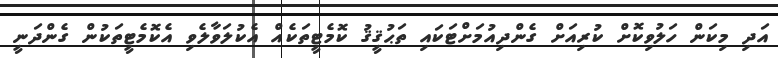
އަދި މިކަން ހަލުވިކޮށް ކުރިއަށް ގެންދިއުމަށްޓަކައި ތަޙުޤީޤު ކޮމެޓީތަކެއް އެކުލަވާލެވި އެކޮމެޓީތަކުން ގެންދަނީ